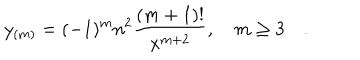
y _ { ( m ) } = ( - 1 ) ^ { m } n ^ { 2 } { \frac { ( m + 1 ) ! } { x ^ { m + 2 } } } , \quad m \ge 3 \quad .